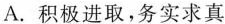
A.积极进取，务实求真